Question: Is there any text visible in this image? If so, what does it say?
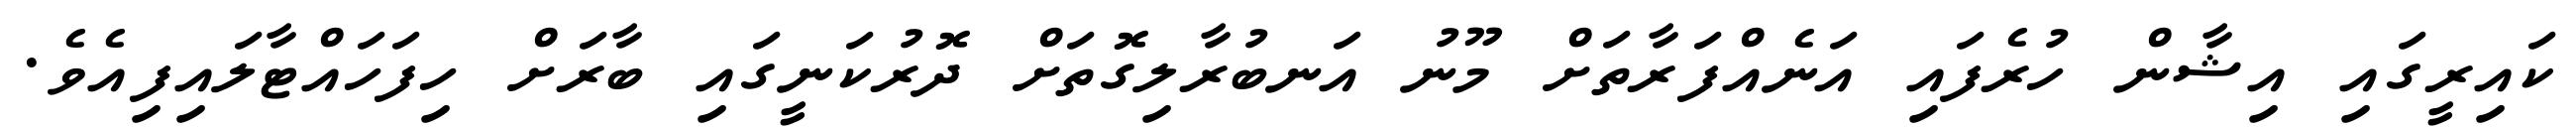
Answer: ކައިރީގައި އިޝާން ހުރެފައި އަނެއްފަރާތަށް މޫނު އަނބުރާލިގޮތަށް ދޮރުކަނީގައި ބާރަށް ހިފަހައްޓާލައިފިއެވެ.